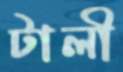
টালী